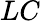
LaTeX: \textit{LC}